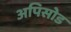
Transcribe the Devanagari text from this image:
अपिसोड